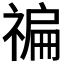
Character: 𥚹